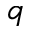
q